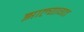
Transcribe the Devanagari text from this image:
झाल्यागत